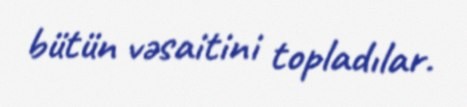
bütün vəsaitini topladılar.